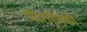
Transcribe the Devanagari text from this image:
पौराणिको